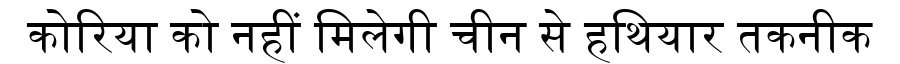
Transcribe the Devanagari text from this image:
कोरिया को नहीं मिलेगी चीन से हथियार तकनीक